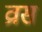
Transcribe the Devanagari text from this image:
व्रास